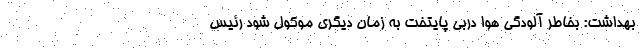
بهداشت: بخاطر آلودگی هوا دربی پایتخت به زمان دیگری موکول شود رئیس